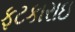
ફટકારાઇ